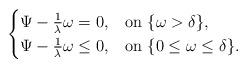
LaTeX: \begin{align*}\begin{cases}\Psi -\frac{1}{\lambda}\omega =0, &\mathrm{on}\ \{\omega >\delta \},\\\Psi -\frac{1}{\lambda}\omega \le0, &\mathrm{on}\ \{0\le \omega \le \delta \}.\\\end{cases}\end{align*}